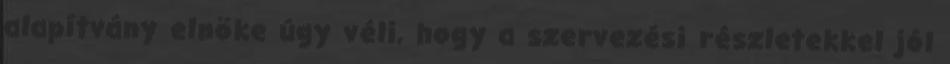
alapítvány elnöke úgy véli, hogy a szervezési részletekkel jól